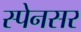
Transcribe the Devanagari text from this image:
स्पेनसर